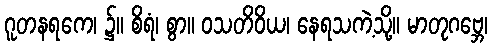
ဂူတနရကေ၊ ၌။ စိရံ၊ စွာ။ ဝသတိဝိယ၊ နေရသကဲ့သို့။ မာတုဂဗ္ဘေ၊